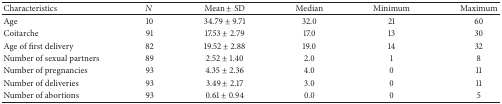
<table><thead><tr><td><b>Characteristics</b></td><td><b><i>N</i></b></td><td><b>Mean ± SD</b></td><td><b>Median</b></td><td><b>Minimum</b></td><td><b>Maximum</b></td></tr></thead><tbody><tr><td>Age</td><td>10</td><td>34.79 ± 9.71</td><td>32.0</td><td>21</td><td>60</td></tr><tr><td>Coitarche</td><td>91</td><td>17.53 ± 2.79</td><td>17.0</td><td>13</td><td>30</td></tr><tr><td>Age of first delivery</td><td>82</td><td>19.52 ± 2.88</td><td>19.0</td><td>14</td><td>32</td></tr><tr><td>Number of sexual partners</td><td>89</td><td>2.52 ± 1.40</td><td>2.0</td><td>1</td><td>8</td></tr><tr><td>Number of pregnancies</td><td>93</td><td>4.35 ± 2.36</td><td>4.0</td><td>0</td><td>11</td></tr><tr><td>Number of deliveries</td><td>93</td><td>3.49 ± 2.17</td><td>3.0</td><td>0</td><td>11</td></tr><tr><td>Number of abortions</td><td>93</td><td>0.61 ± 0.94</td><td>0.0</td><td>0</td><td>5</td></tr></tbody></table>